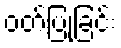
ဝတ်ပြုခြင်း